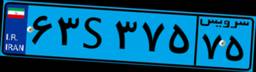
۶۳S۳۷۵۷۵